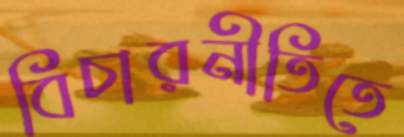
বিচারনীতিতে